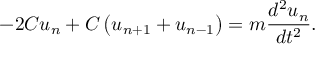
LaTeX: - 2 C u _ { n } + C \left( u _ { n + 1 } + u _ { n - 1 } \right) = m { \frac { d ^ { 2 } u _ { n } } { d t ^ { 2 } } } .